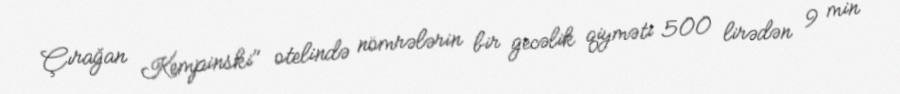
Çırağan Kempinski" otelində nömrələrin bir gecəlik qiyməti 500 lirədən 9 min